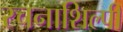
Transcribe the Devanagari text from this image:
रचनाशिल्पी